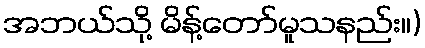
အဘယ်သို့ မိန့်တော်မူသနည်း။)